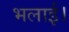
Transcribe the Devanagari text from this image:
भलाई।